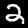
Label: 2